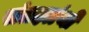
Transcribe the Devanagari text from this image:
संग्रहग्रंथों